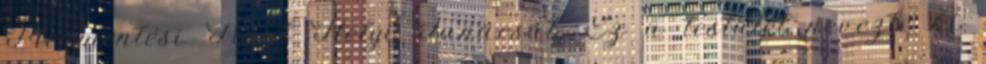
Megmentési Front Helyi Tanácsát: Ez a testület nevezte ki